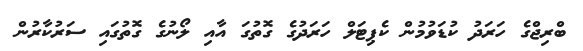
ބްރިޖްގެ ހަރަދު ކުޑަވުމުން ކެޕިޓަލް ހަރަދުގެ ގޮތުގަ އާއި ލޯނުގެ ގޮތުގައި ސަރުކާރުން